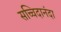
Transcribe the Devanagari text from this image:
सच्चिदानंदा